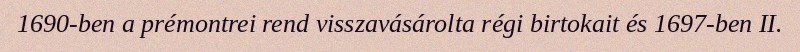
1690-ben a prémontrei rend visszavásárolta régi birtokait és 1697-ben II.